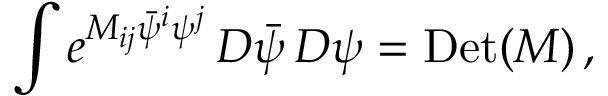
\int e ^ { M _ { i j } { \bar { \psi } } ^ { i } \psi ^ { j } } \, D { \bar { \psi } } \, D \psi = \mathrm { D e t } ( M ) \, ,